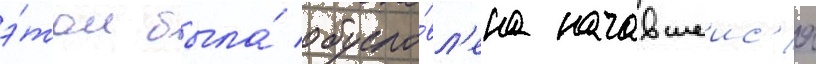
э́том была́ обусло́вл'ена начавшеис'я